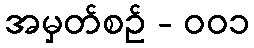
အမှတ်စဥ် - ၀၀၁